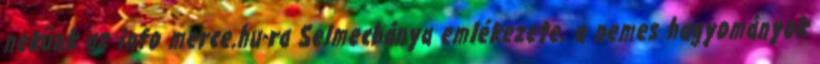
nekünk az info merce.hu-ra Selmecbánya emlékezete, a nemes hagyományok